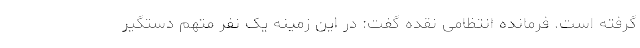
گرفته است. فرمانده انتظامی نقده گفت: در این زمینه یک نفر متهم دستگیر